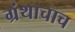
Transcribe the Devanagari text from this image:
ग्रंथाचाच